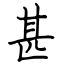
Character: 甚